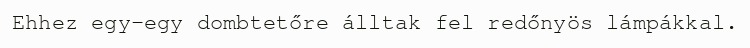
Ehhez egy-egy dombtetőre álltak fel redőnyös lámpákkal.